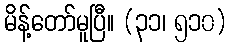
မိန့်တော်မူပြီ။ (၃၁၊ ၅၁၀)